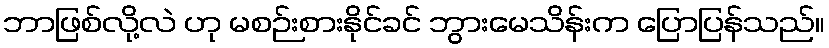
ဘာဖြစ်လို့လဲ ဟု မစဉ်းစားနိုင်ခင် ဘွားမေသိန်းက ပြောပြန်သည်။